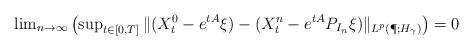
LaTeX: \begin{align*}\lim\nolimits_{ n\to \infty} \left(\sup\nolimits_{t\in [0,T]} \| ( X^0_t - e^{tA} \xi ) - (X_t^{n} - e^{tA}P_{I_n} \xi) \|_{L^p(\P; H_\gamma)}\right)=0\end{align*}